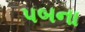
પબના